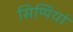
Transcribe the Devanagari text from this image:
सिप्पियां